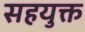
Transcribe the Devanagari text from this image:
सहयुक्त